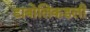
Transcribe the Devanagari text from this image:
डाबोलिकडली